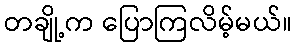
တချို့က ပြောကြလိမ့်မယ်။